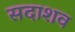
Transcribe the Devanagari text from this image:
सदाशव